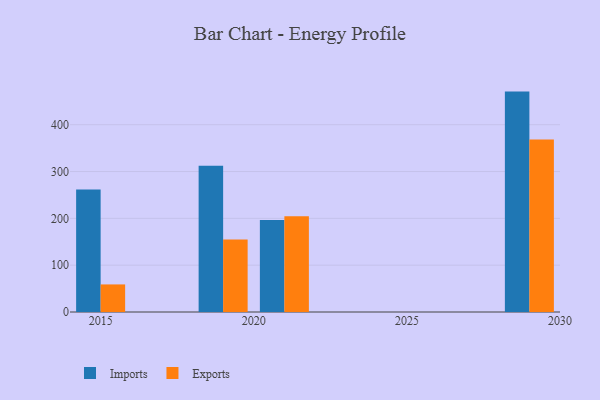
{"axis": {"x": "Year", "y": "Temperature (°C)"}, "legend": ["Exports", "Imports"], "data": [{"x": "2015", "y": 261.6, "type": "Imports"}, {"x": "2015", "y": 58.9, "type": "Exports"}, {"x": "2021", "y": 196.3, "type": "Imports"}, {"x": "2021", "y": 204.5, "type": "Exports"}, {"x": "2019", "y": 312.2, "type": "Imports"}, {"x": "2019", "y": 155.0, "type": "Exports"}, {"x": "2029", "y": 470.7, "type": "Imports"}, {"x": "2029", "y": 368.3, "type": "Exports"}]}